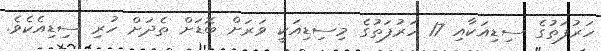
ހަރުފަތުގެ ސިޑިއަކާއި 17 ހަރުފަތުގެ މިސިޑިއަކީ ވަރަށް ބޮޑަށް ތެދަށް ހުރި ސިޑިއެކެވެ.